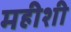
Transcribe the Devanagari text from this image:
महीशी